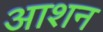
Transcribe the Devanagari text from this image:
आशन